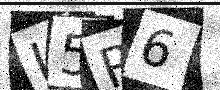
Text: L5R6